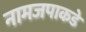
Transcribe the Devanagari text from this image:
नामजपाकडे